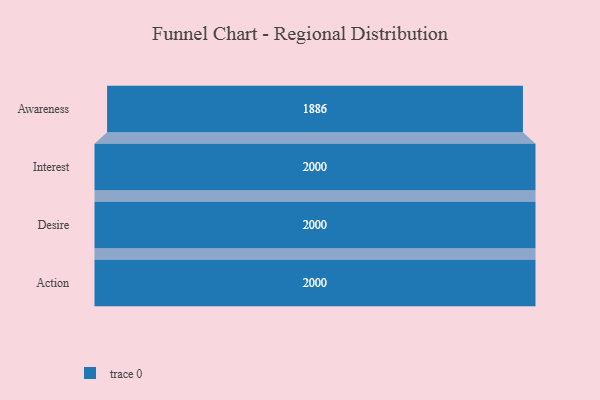
{"axis": {"x": "Stage", "y": "Value"}, "legend": [""], "data": [{"x": "Awareness", "y": 1886.0, "type": ""}, {"x": "Interest", "y": 2000, "type": ""}, {"x": "Desire", "y": 2000, "type": ""}, {"x": "Action", "y": 2000, "type": ""}]}